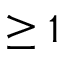
\ge 1